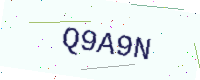
Text: Q9A9N